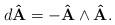
LaTeX: \begin{align*}d\mathbf{\hat{A}=-\hat{A}\wedge \hat{A}.} \end{align*}